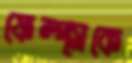
ফেল্প্সকে